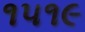
૧૫૧૯